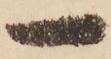
一